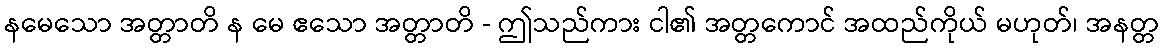
နမေသော အတ္တာတိ န မေ ဧသော အတ္တာတိ - ဤသည်ကား ငါ၏ အတ္တကောင် အထည်ကိုယ် မဟုတ်၊ အနတ္တ